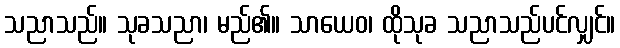
သညာသည်။ သုခသညာ၊ မည်၏။ သာယေဝ၊ ထိုသုခ သညာသည်ပင်လျှင်။